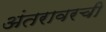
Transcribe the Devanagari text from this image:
अंतरावरची